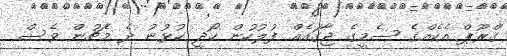
ގްރޫޕް އެކެއްގެ ސެމީގެ ޖާގައެއް ފުލުހުން ހޯދީ ކުޅުނު ދެ މެޗުން ވެސް